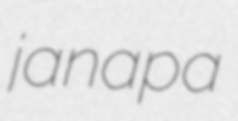
janapa